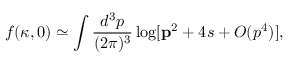
f ( \kappa , 0 ) \simeq \int \frac { d ^ { 3 } p } { ( 2 \pi ) ^ { 3 } } \log [ { \bf p } ^ { 2 } + 4 s + O ( p ^ { 4 } ) ] ,